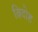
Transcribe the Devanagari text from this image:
व्रिदोह